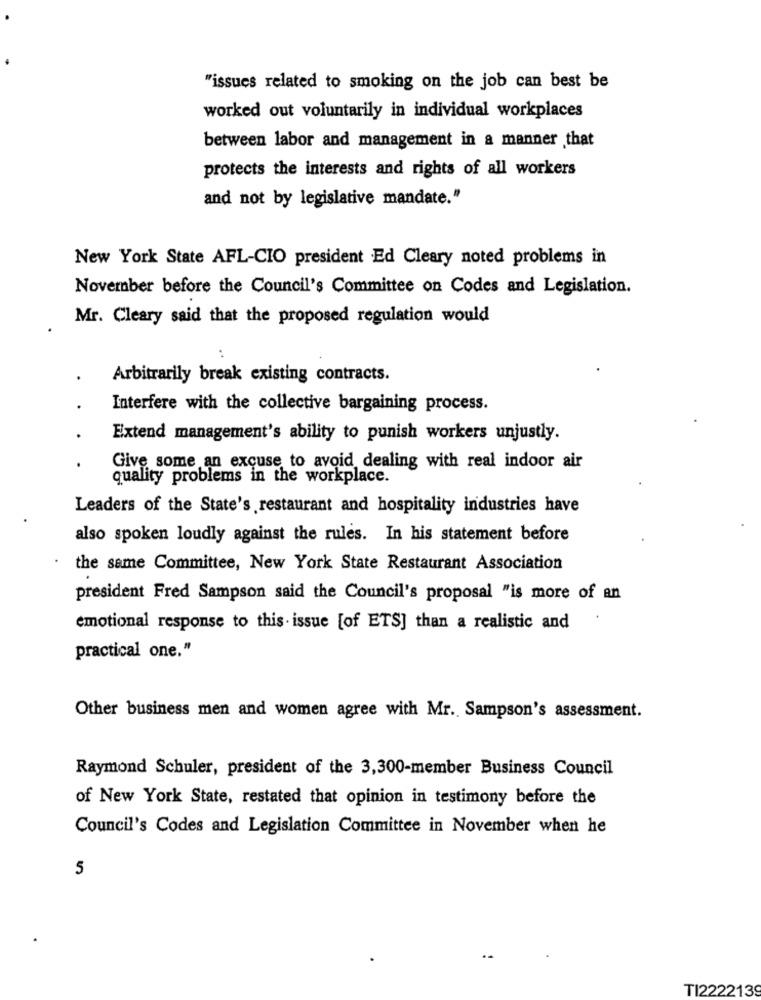
"issues related to smoking on the job can best be
worked out voluntarily in individual workplaces
between labor and management in a manner that
protects the interests and rights of all workers
and not by legislative mandate."
New York State AFL-CIO president Ed Cleary noted problems in
November before the Council's Committee on Codes and Legislation.
Mr. Cleary said that the proposed regulation would
Arbitrarily break existing contracts.
Interfere with the collective bargaining process.
Extend management's ability to punish workers unjustly.
Give some an excuse to avoid dealing with real indoor air
quality problems in the workplace.
Leaders of the State's restaurant and hospitality industries have
also spoken loudly against the rules. In his statement before
the same Committee, New York State Restaurant Association
president Fred Sampson said the Council's proposal "is more of an
.
emotional response to this issue [of ETS] than a realistic and
practical one."
Other business men and women agree with Mr. Sampson's assessment.
Raymond Schuler, president of the 3,300-member Business Council
of New York State, restated that opinion in testimony before the
Council's Codes and Legislation Committee in November when he
5
TI2222139